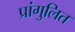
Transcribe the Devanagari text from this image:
प्रांगुलित